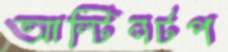
আল্টিনটপ